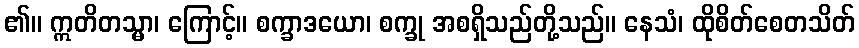
၏။ ဣတိတသ္မာ၊ ကြောင့်။ စက္ခာဒယော၊ စက္ခု အစရှိသည်တို့သည်။ နေသံ၊ ထိုစိတ်စေတသိတ်